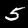
Label: 5